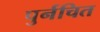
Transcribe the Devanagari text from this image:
पुर्नचित